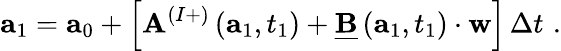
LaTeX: \mathbf{a}_{1}=\mathbf{a}_{0}+\left[\mathbf{A}^{(I+)}\left(\mathbf{a}_{1},t_{1}\right)+\underline{{\mathbf{B}}}\left(\mathbf{a}_{1},t_{1}\right)\cdot\mathbf{w}\right]\, \Delta t\, \, .